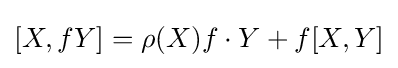
[X,fY]=\rho (X)f\cdot Y+f[X,Y]